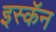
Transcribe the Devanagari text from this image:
इस्कॅन